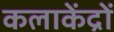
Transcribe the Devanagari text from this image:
कलाकेंद्रों